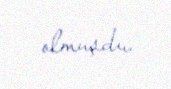
olmuşdu.